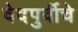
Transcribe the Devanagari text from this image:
वेदपुर्वीचे